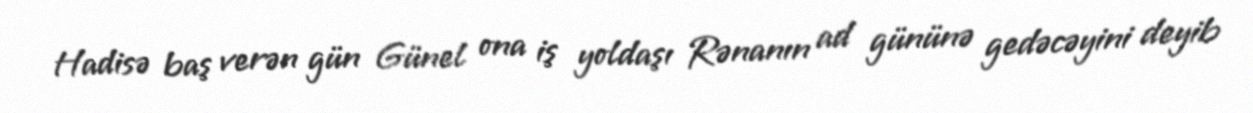
Hadisə baş verən gün Günel ona iş yoldaşı Rənanın ad gününə gedəcəyini deyib